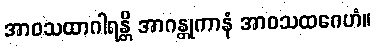
အာဝသထာဂါရန္တိ အာဂန္တုကာနံ အာဝသထဂေဟံ။